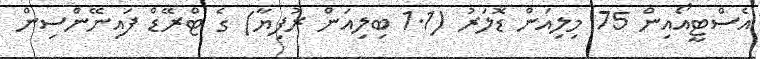
އެސްޓީއޯއިން 75 މިލިއަން ޑޮލަރު (1.1 ބިލިއަން ރުފިޔާ) ގެ ޓްރޭޑް ފައިނޭންސިން